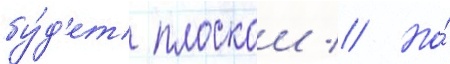
бу́д'ет плоскои // Но́